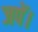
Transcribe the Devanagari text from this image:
जपें।